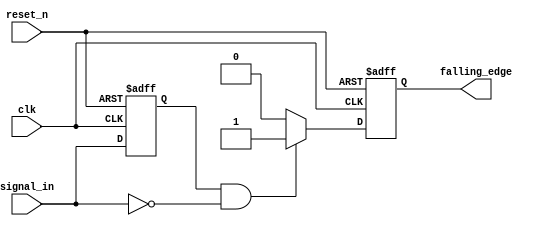
module falling_edge_detector (
    input wire clk,              // Clock input
    input wire reset_n,          // Asynchronous active-low reset
    input wire signal_in,        // Input signal to detect falling edge
    output reg falling_edge      // Output signal indicating a falling edge
);

    // State register to hold the previous state of the input signal
    reg signal_in_prev;

    // Always block for edge detection logic
    always @(posedge clk or negedge reset_n) begin
        if (!reset_n) begin
            // Initialize states on reset
            signal_in_prev <= 1'b0;
            falling_edge <= 1'b0;
        end else begin
            // Falling edge detection logic
            falling_edge <= (signal_in_prev == 1'b1 && signal_in == 1'b0) ? 1'b1 : 1'b0;
            // Store the current state for the next clock cycle
            signal_in_prev <= signal_in;
        end
    end

endmodule